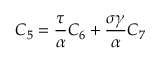
C _ { 5 } = \frac \tau \alpha C _ { 6 } + \frac { \sigma \gamma } \alpha C _ { 7 }